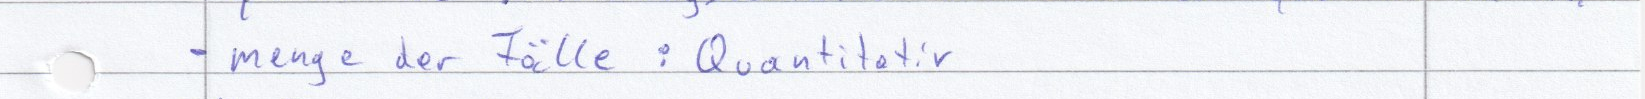
- menge der Fälle : Quantitativ